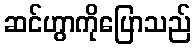
ဆင်ဟွာကိုပြောသည်